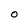
Character: 0